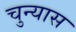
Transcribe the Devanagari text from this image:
चुन्यास